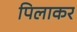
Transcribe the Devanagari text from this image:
पिलाकर